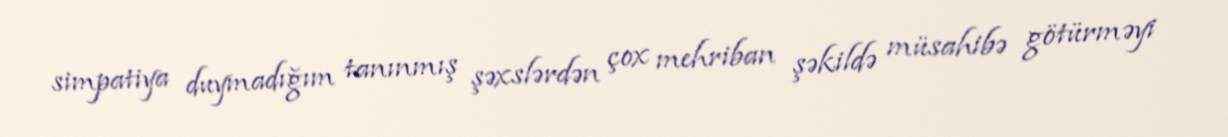
simpatiya duymadığım tanınmış şəxslərdən çox mehriban şəkildə müsahibə götürməyi